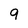
Character: 9